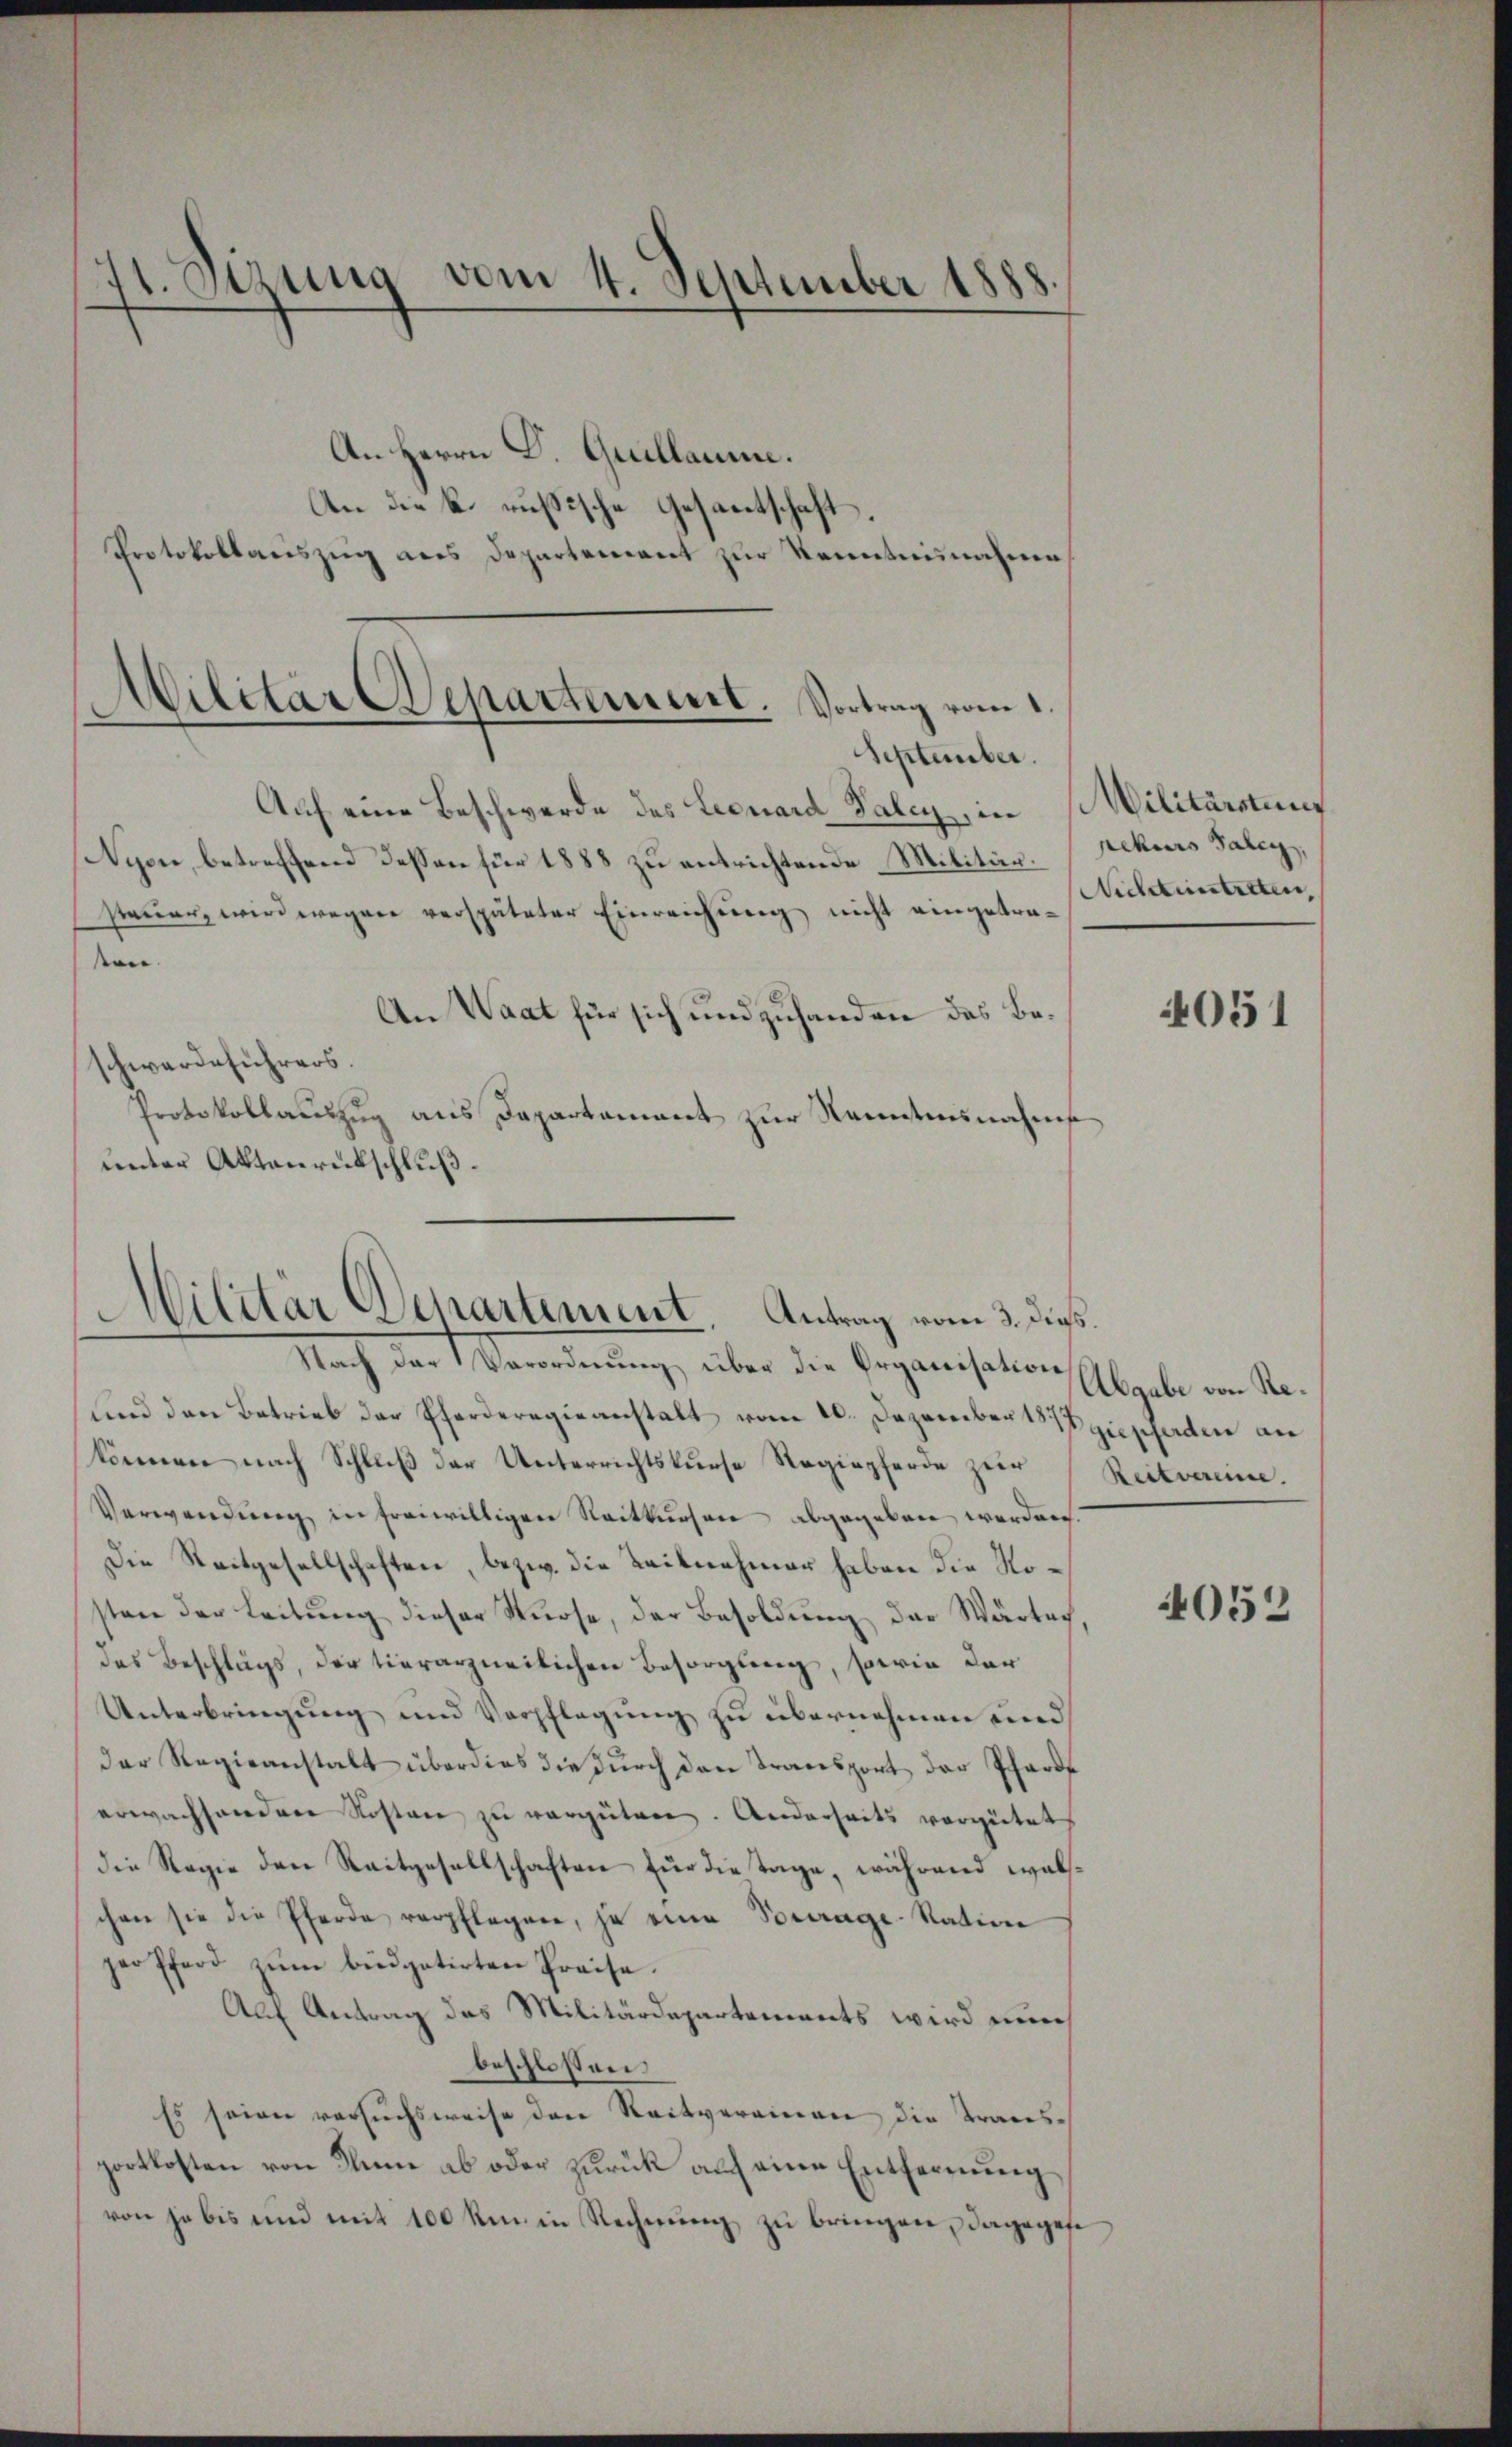
11. Sizung vom 4. September 1888.
An Herrn D. Quillamme.
An die k. russische Gesantschaft
Protokollauszug aus Departement zur Kenntnisnahme

Militär Departement. Vortrag vom 1.
September.
Auf eine Beschwerde des Leonard Saley, in Militärstung

Nyon, betreffend dessen für 1888 zu entrichtende Militärsteuer, wird wegen verspäteter Einreichung nicht eingetra¬

sen.
An Waat für sich und zuhanden des Beschwerdeführers.
Protokollauszug aus Departement zur Kenntnisnahms
unter Aktenrückschluß.

Militär Departement Antrag vom 3. die
Nach der Verordnung über die Organisation Abgabe von Re¬

und den Betrieb der Pferderegieanstalt vom 20. Dezember 1847 zuschaden an
können nach Schluß der Unterrichtskurse Regiepferde zur
Verwendung in freiwilligen Reitkursen abgegeben werden
Die Reitgesellschaften, bezw. die Zeitnehmer haben die Nosten der Leitung dieser Würse, der Besoldung der Wärter
des Beschlags, der tierarzneilichen Besorgung, sowie der
Unterbringung und Verpflegung zu übernehmen und
der Regieanstalt überdies die durch den Transport der Pfarre
erwachsondere Kosten zu vergüten. Anderseits vergütet
Die Regie den Reitgesellschaften für die Tage, während walschen sie die Pferde verpflegen, ja eine Vorrage. Nation
geofford zŭm büdgetirten Preise.
Auf Antrag des Militärdepartements wird eine
beschlossen
Es seien versuchsweise den Reitverainen die Transportkosten von Kline ab oder zurück auf eine Entfernung
von je bis und mit 100 km in Rechnung zu bringen, dagegese

pekurs Paley,
Nichtuntreten,

4051

Reitvereine.

4052